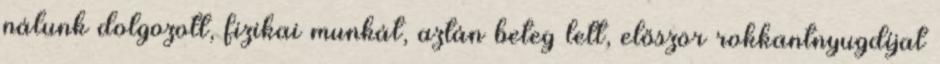
nálunk dolgozott, fizikai munkát, aztán beteg lett, először rokkantnyugdíjat